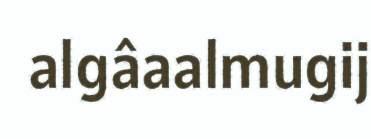
algâaalmugij